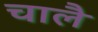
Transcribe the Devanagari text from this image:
चालै